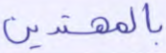
بالمهتدين